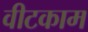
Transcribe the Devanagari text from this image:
वीटकाम